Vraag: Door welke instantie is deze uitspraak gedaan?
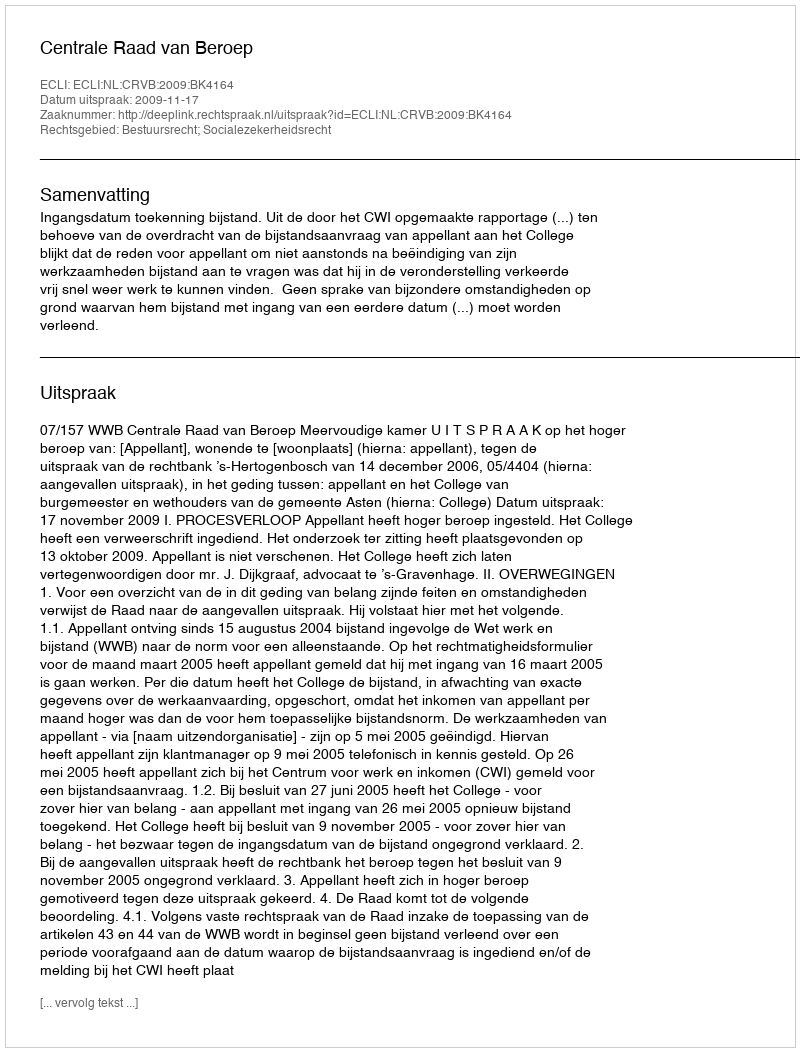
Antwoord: Centrale Raad van Beroep